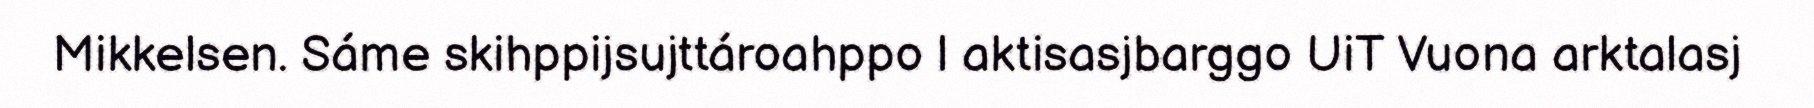
Mikkelsen. Sáme skihppijsujttároahppo l aktisasjbarggo UiT Vuona arktalasj